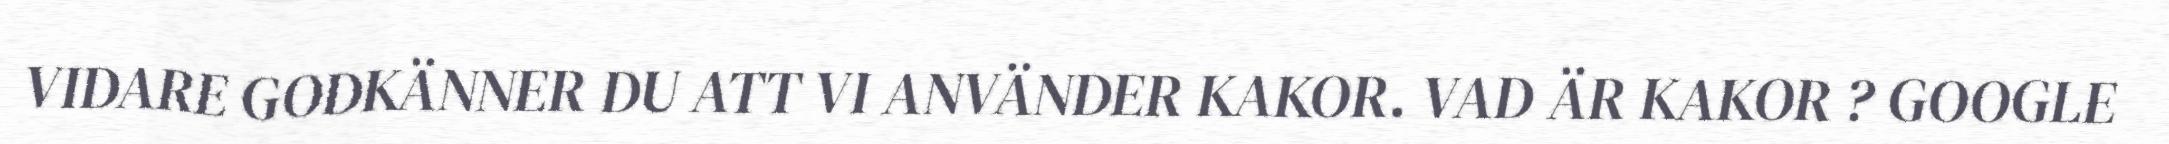
VIDARE GODKÄNNER DU ATT VI ANVÄNDER KAKOR. VAD ÄR KAKOR ? GOOGLE